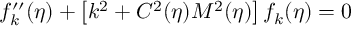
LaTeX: f _ { k } ^ { \prime \prime } ( \eta ) + \left[ k ^ { 2 } + C ^ { 2 } ( \eta ) M ^ { 2 } ( \eta ) \right] f _ { k } ( \eta ) = 0